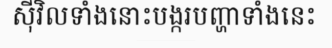
ស៊ីវិលទាំងនោះបង្ករបញ្ហាទាំងនេះ